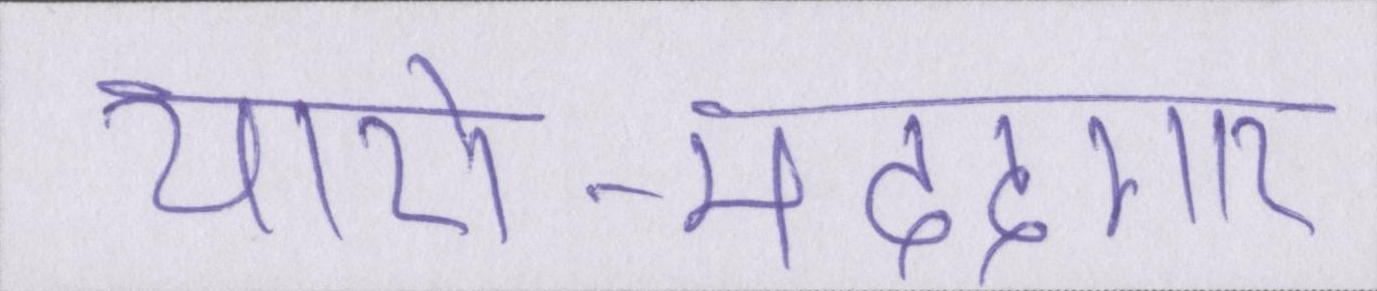
यारो-मददगार